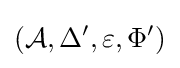
({\mathcal {A}},\Delta ',\varepsilon ,\Phi ')